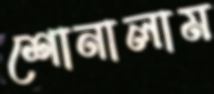
শোনালাম